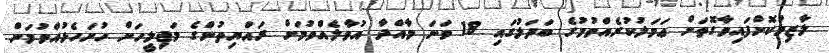
ލާޒިމުކޮށްފައިވާގޮތަށް ޢަމަލުކުރެއްވުމުގެ ބަދަލުގައި 18 ވަނަ މާއްދާ އުވާލެއްވުމަށް ރައްޔިތުންގެ މަޖިލީހަށް ހުށަހެޅުއްވުމަށް